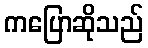
ကပြောဆိုသည်